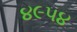
૪૯૫૪